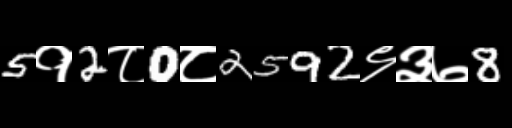
Text: 5१2८0८2592९३७8